Vaccination in the Punjab 1867-1880 - 1867-1880
Year: 1867
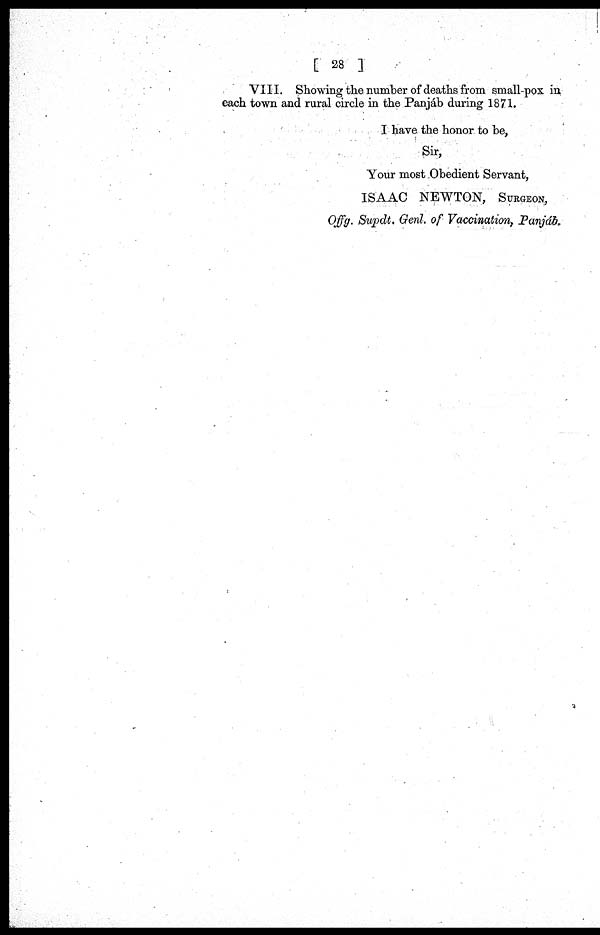
[ 28 ]
VIII. Showing the number of deaths from small-pox in
each town and rural circle in the Panjáb during 1871.
I have the honor to be,
Sir,
Your most Obedient Servant,
ISAAC NEWTON, SURGEON,
Offg. Supdt. Genl. of Vaccination, Panjáb.